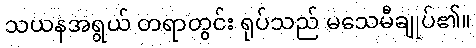
သယနအရွယ် တရာတွင်း ရုပ်သည် မသေမီချုပ်၏။